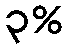
၃%